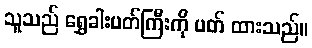
သူသည် ရွှေခါးပတ်ကြီးကို ပတ် ထားသည်။